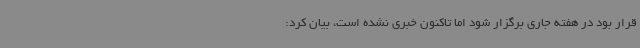
قرار بود در هفته جاری برگزار شود اما تاکنون خبری نشده است، بیان کرد: